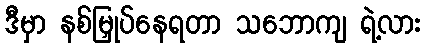
ဒီမှာ နစ်မြှုပ်နေရတာ သဘောကျ ရဲ့လား